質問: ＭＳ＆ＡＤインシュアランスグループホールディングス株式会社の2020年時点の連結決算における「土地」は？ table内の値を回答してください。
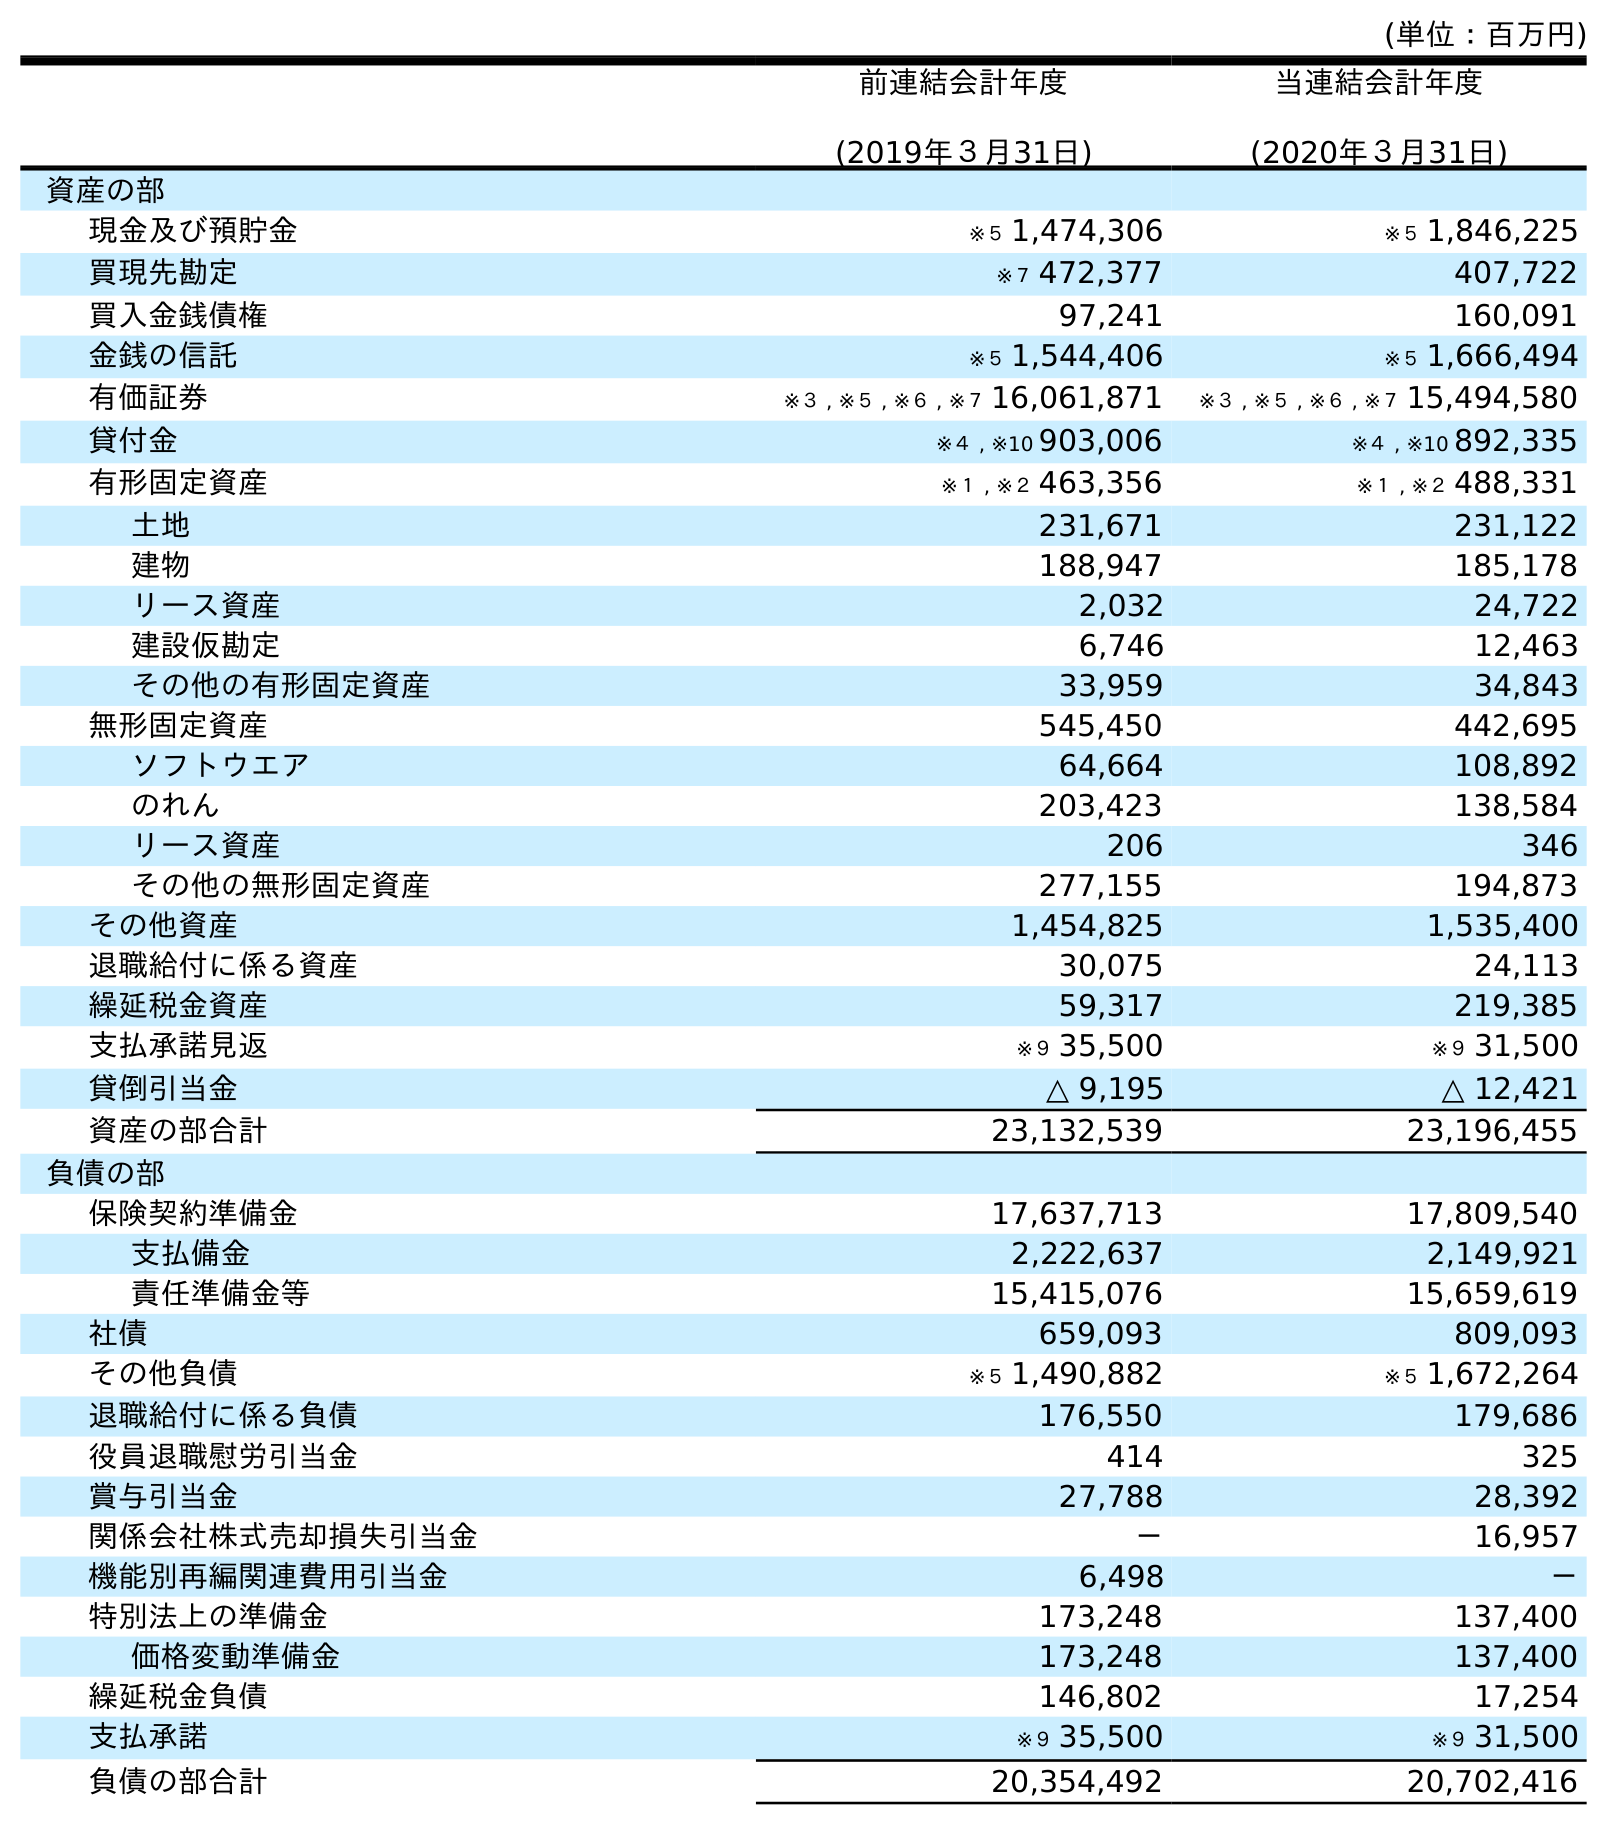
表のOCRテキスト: (単位：百万円) 前連結会計年度 (2019年３月31日) 当連結会計年度 (2020年３月31日) 資産の部 現金及び預貯金 ※５ 1,474,306 ※５ 1,846,225 買現先勘定 ※７ 472,377 407,722 買入金銭債権 97,241 160,091 金銭の信託 ※５ 1,544,406 ※５ 1,666,494 有価証券 ※３ , ※５ , ※６ , ※７ 16,061,871 ※３ , ※５ , ※６ , ※７ 15,494,580 貸付金 ※４ , ※10 903,006 ※４ , ※10 892,335 有形固定資産 ※１ , ※２ 463,356 ※１ , ※２ 488,331 土地 231,671 231,122 建物 188,947 185,178 リース資産 2,032 24,722 建設仮勘定 6,746 12,463 その他の有形固定資産 33,959 34,843 無形固定資産 545,450 442,695 ソフトウエア 64,664 108,892 のれん 203,423 138,584 リース資産 206 346 その他の無形固定資産 277,155 194,873 その他資産 1,454,825 1,535,400 退職給付に係る資産 30,075 24,113 繰延税金資産 59,317 219,385 支払承諾見返 ※９ 35,500 ※９ 31,500 貸倒引当金 △ 9,195 △ 12,421 資産の部合計 23,132,539 23,196,455 負債の部 保険契約準備金 17,637,713 17,809,540 支払備金 2,222,637 2,149,921 責任準備金等 15,415,076 15,659,619 社債 659,093 809,093 その他負債 ※５ 1,490,882 ※５ 1,672,264 退職給付に係る負債 176,550 179,686 役員退職慰労引当金 414 325 賞与引当金 27,788 28,392 関係会社株式売却損失引当金 － 16,957 機能別再編関連費用引当金 6,498 － 特別法上の準備金 173,248 137,400 価格変動準備金 173,248 137,400 繰延税金負債 146,802 17,254 支払承諾 ※９ 35,500 ※９ 31,500 負債の部合計 20,354,492 20,702,416
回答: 231,122